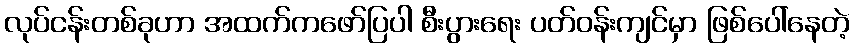
လုပ်ငန်းတစ်ခုဟာ အထက်ကဖော်ပြပါ စီးပွားရေး ပတ်ဝန်းကျင်မှာ ဖြစ်ပေါ်နေတဲ့